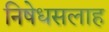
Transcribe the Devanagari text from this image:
निषेधसलाह